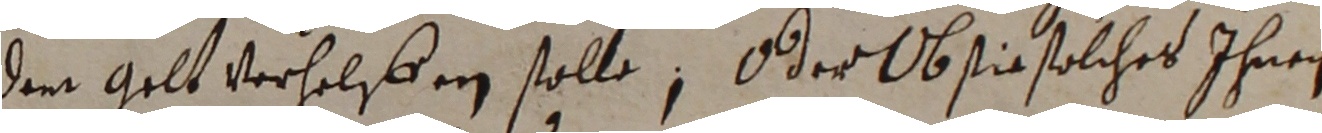
dem gelt verhelfen solle, oder ob sin solches ihnen